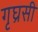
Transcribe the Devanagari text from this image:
गृघ्रसी